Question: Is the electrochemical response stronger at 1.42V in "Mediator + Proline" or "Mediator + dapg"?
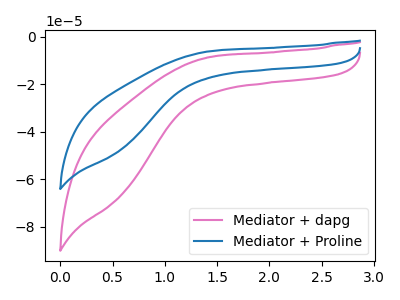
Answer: <think>The pink curve "Mediator + dapg" has no peaks. The blue curve "Mediator + Proline" has no peaks.</think>
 <answer>"Mediator + Proline" and "Mediator + dapg" dont share a peak at 1.42V.</answer>
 <eval>mismatch</eval>